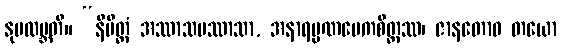
နုပလဗ္ဘတိ။ “နိမိတ္တံ အဿာသပဿာသာ, အနာရမ္မဏမေကစိတ္တဿ၊ ဇာနတောဝ တယော